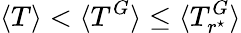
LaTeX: \langle T\rangle<\langle T^{G}\rangle\leq\langle T_{r^{\star}}^{G}\rangle